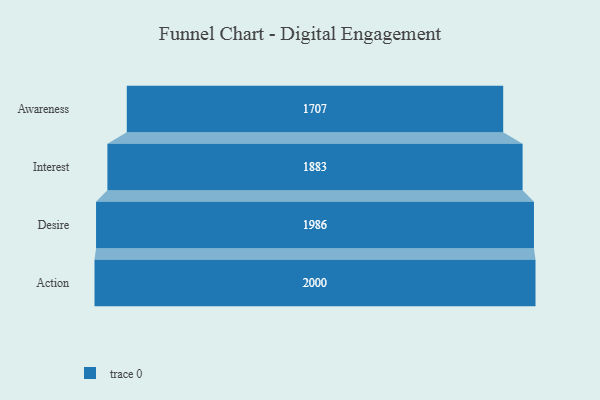
{"axis": {"x": "Stage", "y": "Value"}, "legend": [""], "data": [{"x": "Awareness", "y": 1707.0, "type": ""}, {"x": "Interest", "y": 1883.0, "type": ""}, {"x": "Desire", "y": 1986.0, "type": ""}, {"x": "Action", "y": 2000, "type": ""}]}